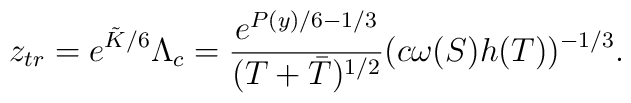
z_{tr} = e^{\tilde{K}/6}\Lambda_c =\frac{e^{P(y)/6 -1/3}}{(T+\bar{T})^{1/2}} (c\omega(S)h(T))^{-1/3}.